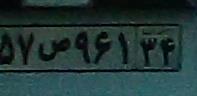
۵۷ص۹۶۱۳۴